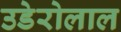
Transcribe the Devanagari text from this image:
उडेरोलाल